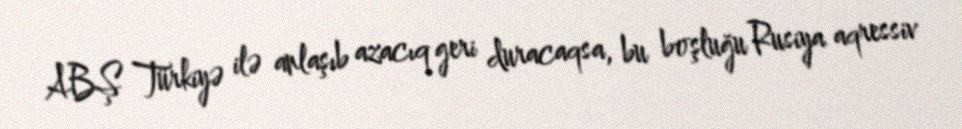
ABŞ Türkiyə ilə anlaşıb azacıq geri duracaqsa, bu boşluğu Rusiya aqressiv